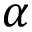
\alpha